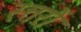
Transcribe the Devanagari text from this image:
स्त्तरों